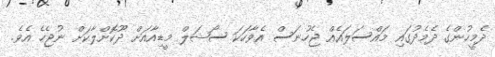
ދެމީހުންގެ ދެމެދުގައި މައްސަލައެއް ޖެހުނަސް އެވާހަކަ ސޯޝަލް މީޑިއާއަށް ދޫކޮށްލާކަށް ނުޖެހެ އެވެ.